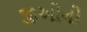
જીઓનો